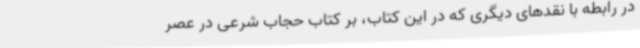
در رابطه با نقدهای دیگری که در این کتاب، بر کتاب حجاب شرعی در عصر